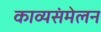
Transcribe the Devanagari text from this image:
काव्यसंमेलन